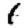
Digit: 1